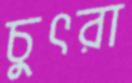
চুৎরা